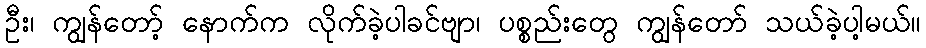
ဦး၊ ကျွန်တော့် နောက်က လိုက်ခဲ့ပါခင်ဗျာ၊ ပစ္စည်းတွေ ကျွန်တော် သယ်ခဲ့ပါ့မယ်။